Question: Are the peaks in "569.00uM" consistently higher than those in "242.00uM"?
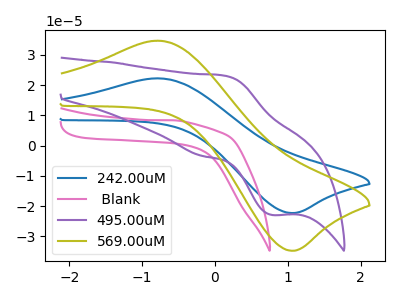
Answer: <think>The blue curve "242.00uM" has an anodic peak at (-0.80V, 22.20uA) and a cathodic peak at (1.10V, -22.25uA). The pink curve " Blank" has no peaks. The purple curve "495.00uM" has an anodic peak at (0.15V, 23.10uA) and a cathodic peak at (0.80V, -22.90uA). The olive curve "569.00uM" has an anodic peak at (-0.80V, 34.65uA) and a cathodic peak at (1.10V, -34.70uA).</think>
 <answer>Every peak in "569.00uM" is higher than every peak in "242.00uM".</answer>
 <eval>higher</eval>